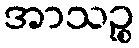
အာသဉ္စ